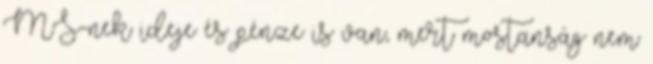
MS-nek ideje és pénze is van, mert mostanság nem